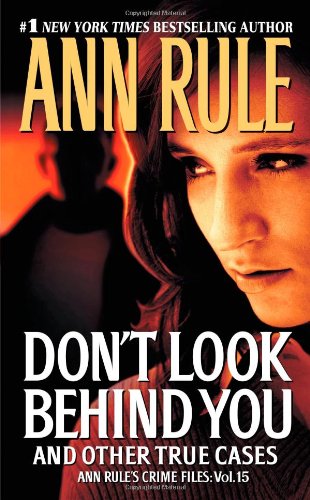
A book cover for Don't Look Behind You: Ann Rule's Crime Files #15; Ann Rule; Biographies & Memoirs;